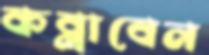
কব্‌লাবেন